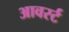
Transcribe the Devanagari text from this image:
आवर्स्ट